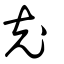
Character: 充